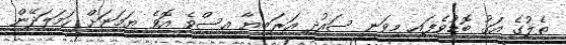
ތެލުގެ އަގު ބޮޑުވެފައި މިވަނީ ސައުދި އަރަބިޔާ އިސްވެ އޮވެ ޔަމަނަށް ހަމަލަދޭން